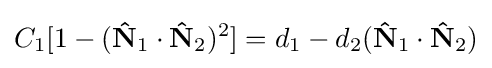
C_{1}[1-(\mathbf {\hat {N}} _{1}\cdot \mathbf {\hat {N}} _{2})^{2}]=d_{1}-d_{2}(\mathbf {\hat {N}} _{1}\cdot \mathbf {\hat {N}} _{2})